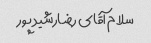
سلام آقای رضارشید پور